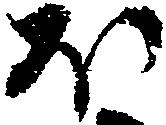
ほ